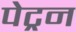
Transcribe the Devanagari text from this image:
पेट्रन